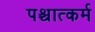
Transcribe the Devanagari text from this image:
पश्चात्कर्म